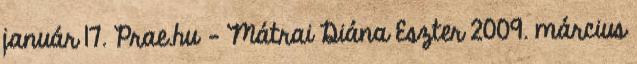
január 17. Prae.hu - Mátrai Diána Eszter 2009. március